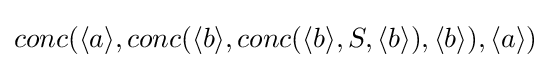
conc(\langle a\rangle ,conc(\langle b\rangle ,conc(\langle b\rangle ,S,\langle b\rangle ),\langle b\rangle ),\langle a\rangle )